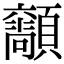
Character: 𩕴